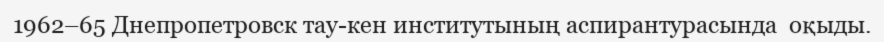
1962–65 Днепропетровск тау-кен институтының аспирантурасында  оқыды.